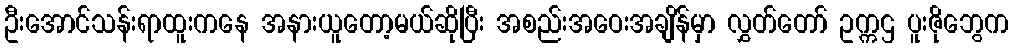
ဦးအောင်သန်းရာထူးကနေ အနားယူတော့မယ်ဆိုပြီး အစည်းအဝေးအချိန်မှာ လွှတ်တော် ဥက္ကဌ ပူးဇိုဘွေက